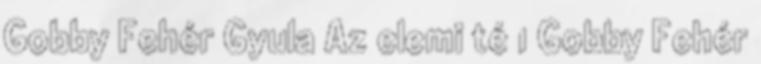
Gobby Fehér Gyula Az elemi té 1 Gobby Fehér